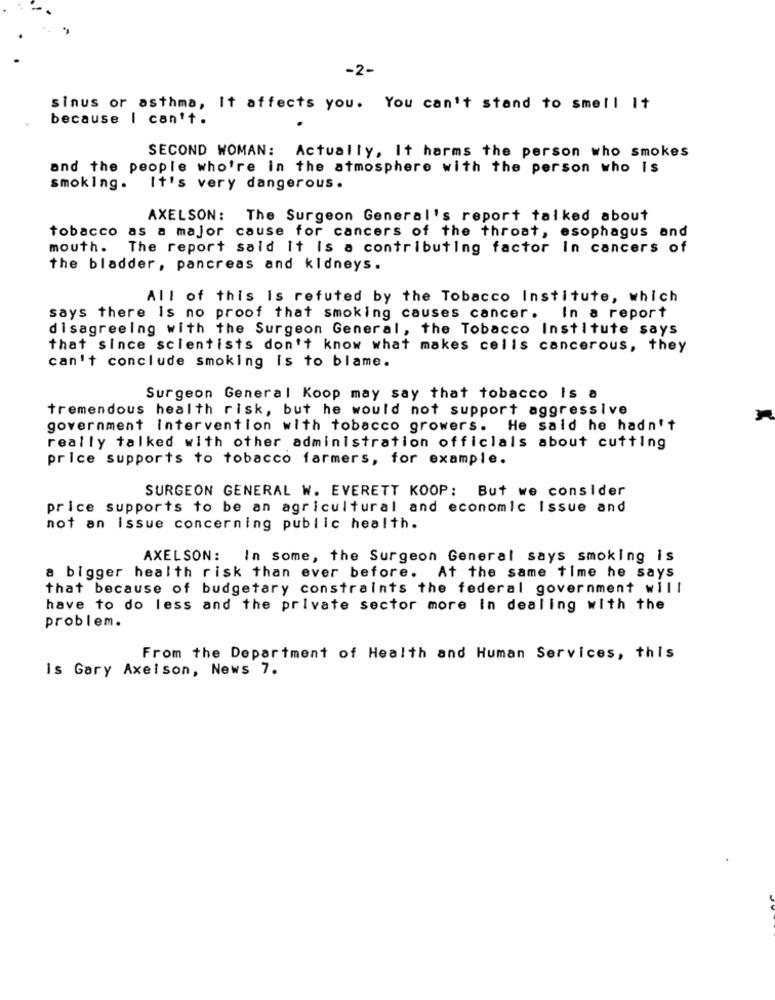
-2-
sinus or asthma, It affects you. You can't stand to smell It
because I can't.
SECOND WOMAN: Actually, It harms the person who smokes
and the people who're in the atmosphere with the person who Is
smoking.
It's very dangerous.
AXELSON: The Surgeon General's report talked about
tobacco as a major cause for cancers of the throat, esophagus and
mouth.
The report said it is a contributing factor in cancers of
the bladder, pancreas and kidneys.
All of this Is refuted by the Tobacco Institute, which
says there Is no proof that smoking causes cancer.
In a report
disagreeing with the Surgeon General, the Tobacco Institute says
that since scientists don't know what makes cells cancerous, they
can't conclude smoking is to blame.
Surgeon General Koop may say that tobacco Is a
tremendous health risk, but he would not support aggressive
government intervention with tobacco growers. He said he hadn't
really talked with other administration officials about cutting
price supports to tobacco farmers, for example.
SURGEON GENERAL W. EVERETT KOOP: But we consider
price supports to be an agricultural and economic Issue and
not an issue concerning public health.
AXELSON: In some, the Surgeon General says smoking is
a bigger health risk than ever before. At the same time he says
that because of budgetary constraints the federal government will
have to do less and the private sector more in dealing with the
problem.
From the Department of Health and Human Services, this
is Gary Axelson, News 7.